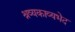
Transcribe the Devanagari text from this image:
श्रव्यकाव्यभेद